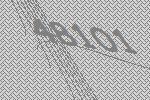
48101